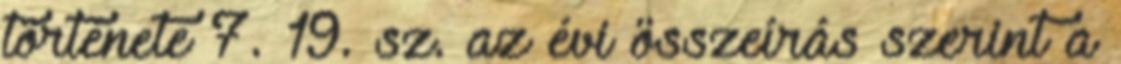
története 7. 19. sz. az évi összeírás szerint a